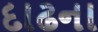
દાઢના